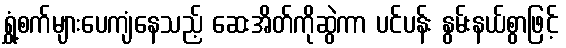
ရွှံ့စက်များပေကျံနေသည့် ဆေးအိတ်ကိုဆွဲကာ ပင်ပန်း နွမ်းနယ်စွာဖြင့်